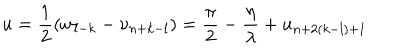
u = \frac { 1 } { 2 } ( w _ { l - k } - \nu _ { n + k - l } ) = \frac { \pi } { 2 } - \frac { \eta } { \lambda } + u _ { n + 2 ( k - l ) + 1 }